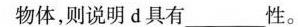
物体，则说明d具有___性。